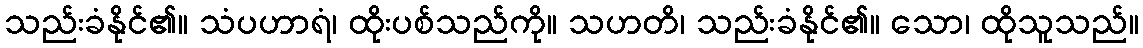
သည်းခံနိုင်၏။ သံပဟာရံ၊ ထိုးပစ်သည်ကို။ သဟတိ၊ သည်းခံနိုင်၏။ သော၊ ထိုသူသည်။